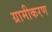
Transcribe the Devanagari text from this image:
ग्रामीकरण